Lunatic asylums Madras 1892-1911 - 1892-1911
Year: 1892
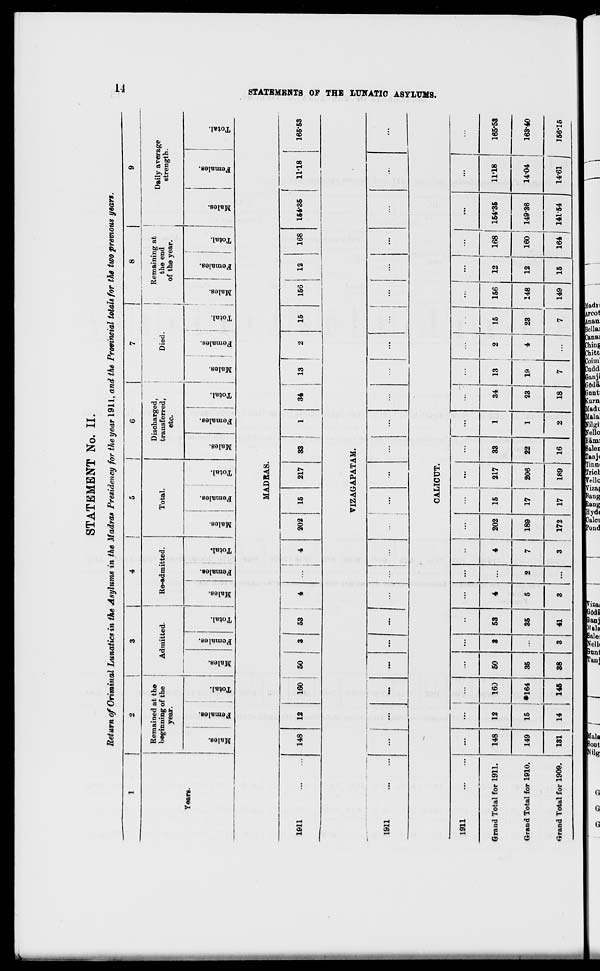
STATEMENT No. II.
Return of Criminal Lunatics in the Asylums in the Madras Presidency for the year 1911, and the Provincial totals for the two previous years.
1
2
3
4
5
6
I
J
r
|
9
Remained at the
beginning of the
year.
Admitted.
Re-admitted.
Total.
Discharged,
transferred,
etc.
Remaining at
Died.
the end
of the year.
1
I
Daily average
strength.
Years.
Males.
Females.
Total.
Males.
V.
®
"3
S
o
Total.
Males.
Females.
Total.
Males.
FemaleB.
Total.
00
00
"a
3
CO
9
*3
a o
Total.
Males.
Females.
Total.
Males.
s
"3
8
CO
Total.
Males.
Females.
"3 •*» o
£H
1911
MADRAS.
148
12
160
50
53
4
4
202
15
217
33 !
1
34
13
15
156
12
168
154*35
11-18
VIZAGAPATAM.
1911
I
CALICUT.
■iff S" I
I
m
-
_ —i C3 -a
S. 2.5 s • ■»*£. Si e
u*<^
m ^*^^*^ HP
165-63
I
K
a
a
H
CXI
o
a
w
1
00
I
00
1911
...
...
...
..
...
...
••
...
...
...
...
...
...
| .. 1 ... ... I... 1
...
...
Grand Total for 1911.
148
12
160
50
3
53
4
...
4
202
15
217
33
1
34
13
2
15
156
12
168 154-35
11*18
165-53
Grand Total for 1910.
149
15
•164
35
...
35
5
2
7
189
17
206
22
1
23
19
4
23
148
12
160 149-36
14-04
163-40
Grand Total for 1909.
131
14
145
38
8
41
3
...
3
172
17
189
16
2
18
7
i
7
149
15
164 141-54
14-61
156'15